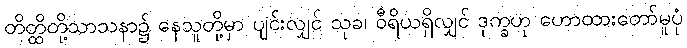
တိတ္ထိတို့သာသနာ၌ နေသူတို့မှာ ပျင်းလျှင် သုခ၊ ဝီရိယရှိလျှင် ဒုက္ခဟု ဟောထားတော်မူပုံ